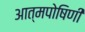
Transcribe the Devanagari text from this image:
आत्मपोषिणी